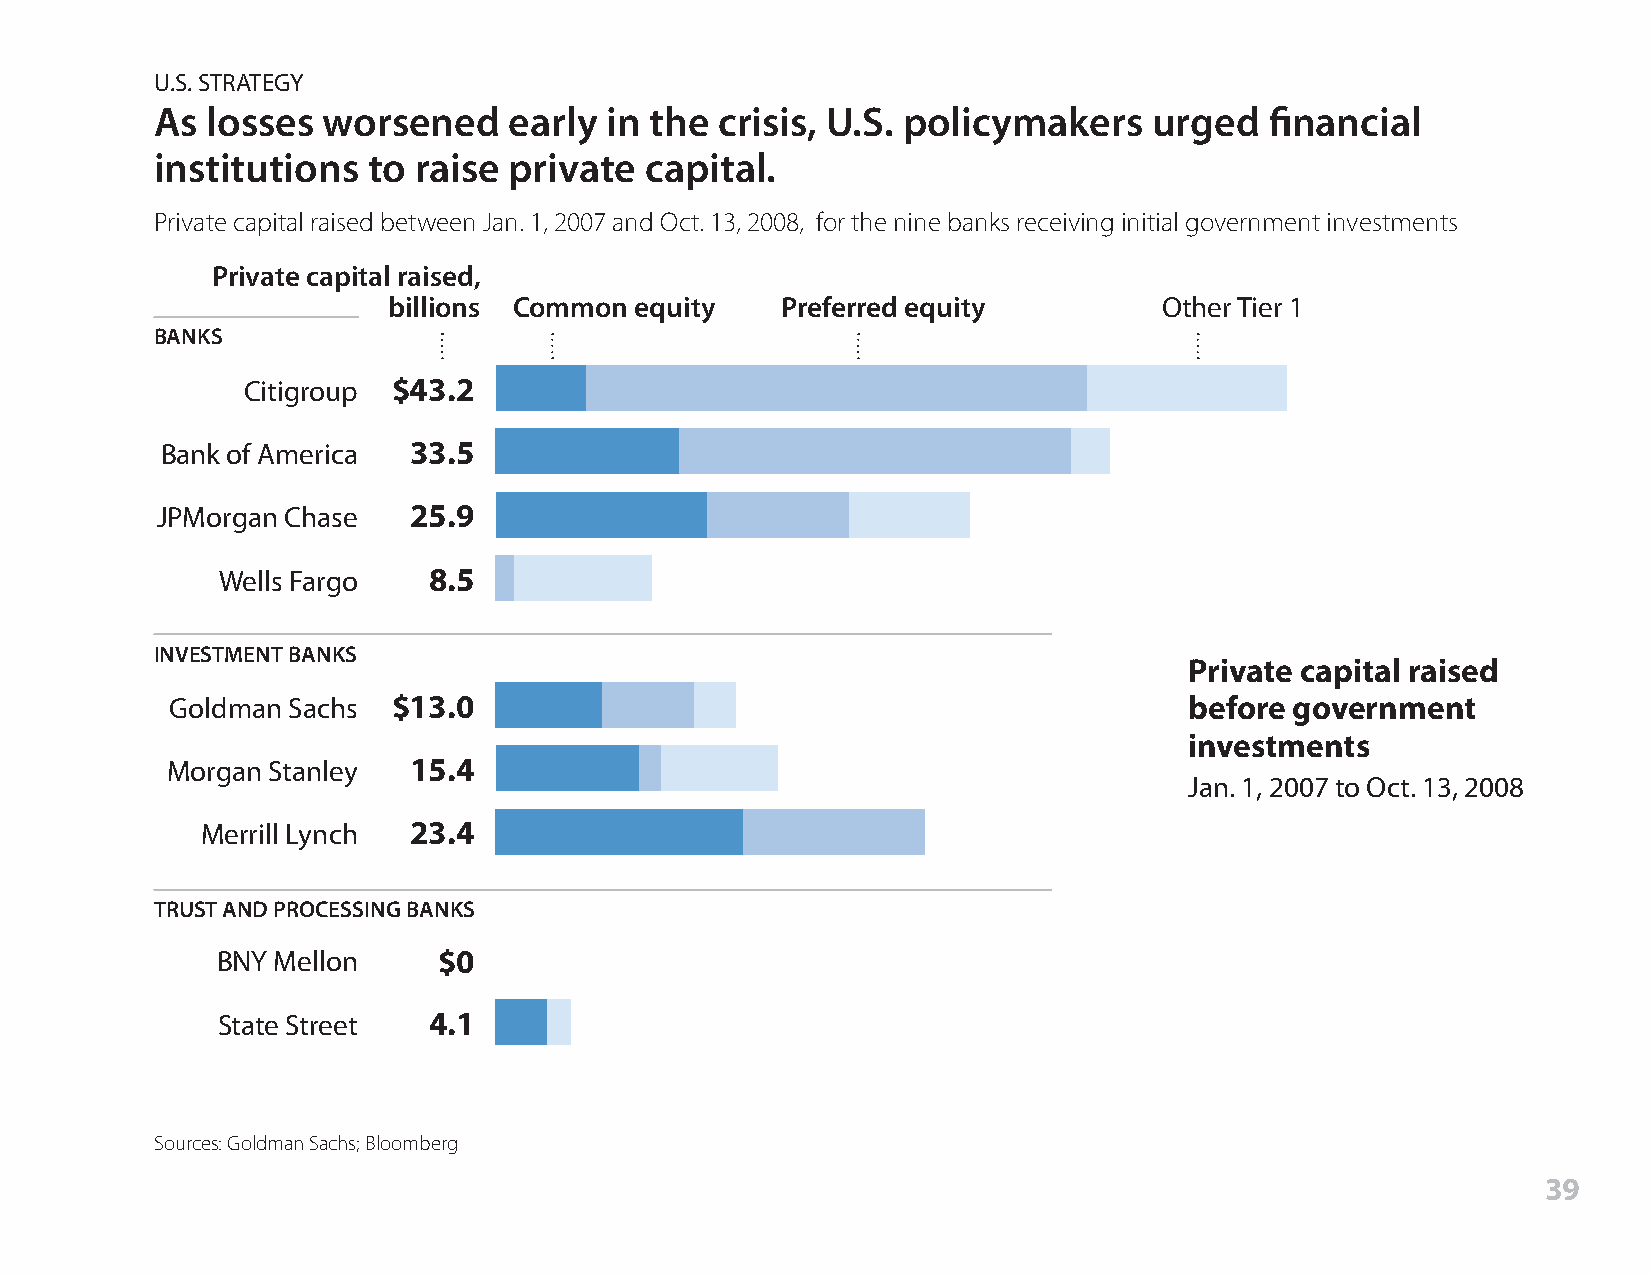
U.S. STRATEGY
 As  losses worsened     early in the  crisis, U.S. policymakers   urged   financial
 institutions  to raise  private  capital.
 Private capital raised between Jan. 1, 2007 and Oct. 13, 2008, for the nine banks receiving initial government investments
 Private capital raised,
 billions Common equity    Preferred equity         Other Tier 1
 BANKS
 Citigroup $43.2
 Bank of America 33.5
 JPMorgan Chase   25.9
 Wells Fargo  8.5
 INVESTMENT BANKS
 Private capital raised
 Goldman Sachs  $13.0                                                before government
 investments
 Morgan Stanley  15.4
 Jan. 1, 2007 to Oct. 13, 2008
 Merrill Lynch 23.4
 TRUST AND PROCESSING BANKS
 BNY Mellon     $0
 State Street  4.1
 Sources: Goldman Sachs; Bloomberg
 39